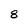
Character: 8